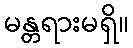
မန္တရားမရှိ။